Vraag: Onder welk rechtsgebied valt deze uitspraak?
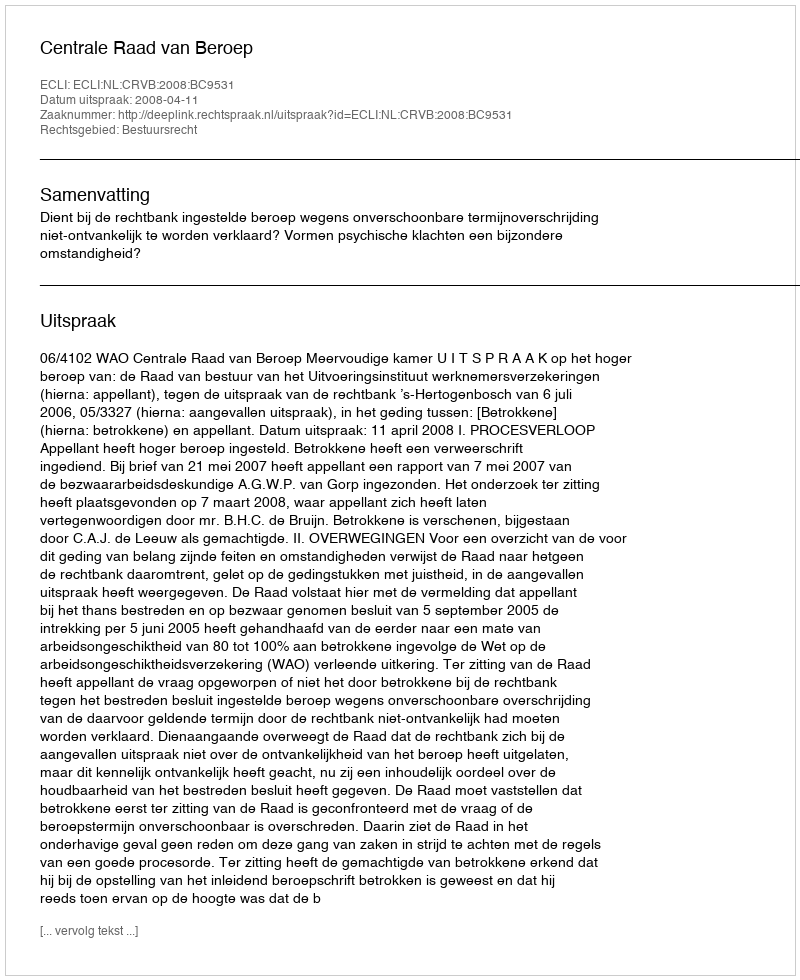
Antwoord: Bestuursrecht